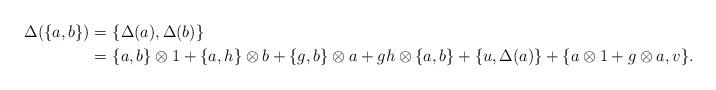
LaTeX: \begin{align*}\Delta(\{a, b\})=&\,\,\{\Delta(a), \Delta(b)\}\\=&\,\,\{a, b\}\otimes 1+\{a, h\}\otimes b+ \{g, b\}\otimes a+gh\otimes \{a, b\}+\{u, \Delta(a)\}+\{a\otimes1+g\otimes a, v\}.\end{align*}